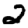
Digit: 2